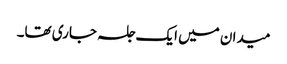
میدان میں ایک جلسہ جاری تھا۔